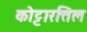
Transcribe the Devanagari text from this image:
कोट्टारत्तिल